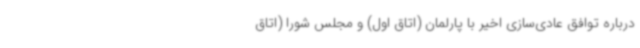
درباره توافق عادی‌سازی اخیر با پارلمان (اتاق اول) و مجلس شورا (اتاق